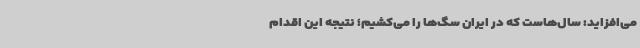
می‌افزاید: سال‌هاست که در ایران سگ‌ها را می‌کشیم؛ نتیجه این اقدام